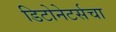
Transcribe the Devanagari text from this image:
डिटोनेटर्सचा